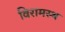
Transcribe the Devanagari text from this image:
विरामस्थ